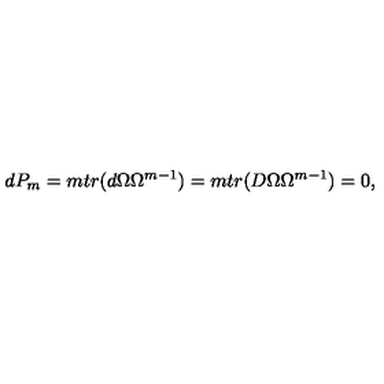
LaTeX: d P _ { m } = m t r ( d \Omega \Omega ^ { m - 1 } ) = m t r ( D \Omega \Omega ^ { m - 1 } ) = 0 ,